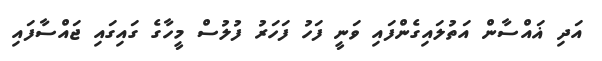
އަދި ޣައްސާން އަތުލައިގެންފައި ވަނީ ފަހު ފަހަރު ފުލުސް މީހާގެ ގައިގައި ޖައްސާފައި